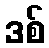
ဒစ်